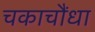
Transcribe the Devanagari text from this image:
चकाचौंधा